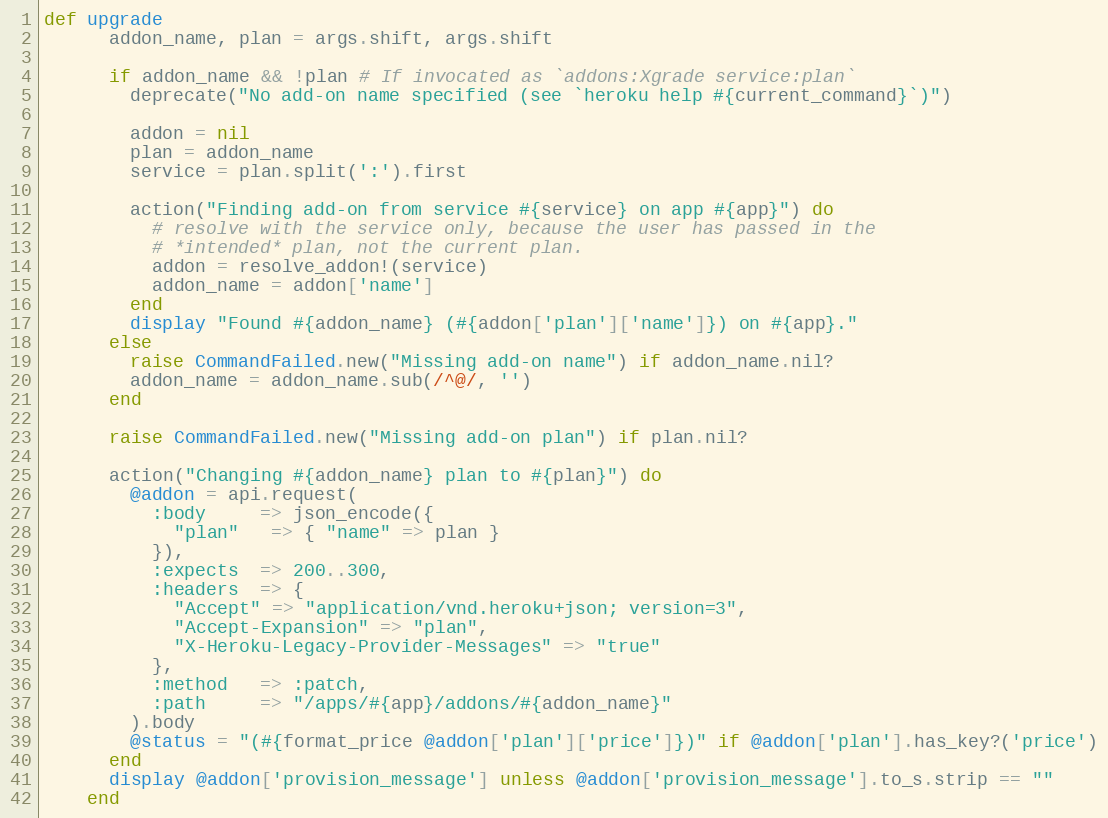
Language: Ruby
def upgrade
      addon_name, plan = args.shift, args.shift

      if addon_name && !plan # If invocated as `addons:Xgrade service:plan`
        deprecate("No add-on name specified (see `heroku help #{current_command}`)")

        addon = nil
        plan = addon_name
        service = plan.split(':').first

        action("Finding add-on from service #{service} on app #{app}") do
          # resolve with the service only, because the user has passed in the
          # *intended* plan, not the current plan.
          addon = resolve_addon!(service)
          addon_name = addon['name']
        end
        display "Found #{addon_name} (#{addon['plan']['name']}) on #{app}."
      else
        raise CommandFailed.new("Missing add-on name") if addon_name.nil?
        addon_name = addon_name.sub(/^@/, '')
      end

      raise CommandFailed.new("Missing add-on plan") if plan.nil?

      action("Changing #{addon_name} plan to #{plan}") do
        @addon = api.request(
          :body     => json_encode({
            "plan"   => { "name" => plan }
          }),
          :expects  => 200..300,
          :headers  => {
            "Accept" => "application/vnd.heroku+json; version=3",
            "Accept-Expansion" => "plan",
            "X-Heroku-Legacy-Provider-Messages" => "true"
          },
          :method   => :patch,
          :path     => "/apps/#{app}/addons/#{addon_name}"
        ).body
        @status = "(#{format_price @addon['plan']['price']})" if @addon['plan'].has_key?('price')
      end
      display @addon['provision_message'] unless @addon['provision_message'].to_s.strip == ""
    end